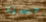
حسنا